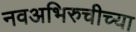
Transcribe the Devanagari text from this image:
नवअभिरुचीच्या